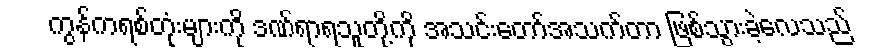
ကွန်ကရစ်တုံးများကို ဒဏ်ရာရသူတို့ကို အသင်းတော်အသက်တာ ဖြစ်သွားခဲ့လေသည်